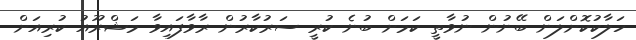
ހަލާކުކޮށްލަން ބޭނުން ނުވާތީ ކަމަށް ބުނެ ކުރީ ސަރުކާރުން ރާވާފައިވާ މަޝްރޫއު ކުރިއަށް